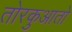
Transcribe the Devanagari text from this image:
तोरकुआतो